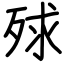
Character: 殏